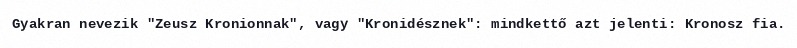
Gyakran nevezik "Zeusz Kronionnak", vagy "Kronidésznek": mindkettő azt jelenti: Kronosz fia.